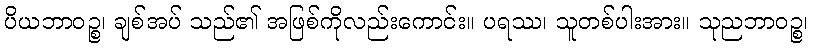
ပိယဘာဝဉ္စ၊ ချစ်အပ် သည်၏ အဖြစ်ကိုလည်းကောင်း။ ပရဿ၊ သူတစ်ပါးအား။ သုညဘာဝဉ္စ၊